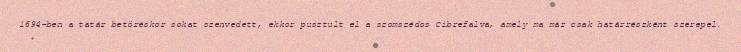
1694-ben a tatár betöréskor sokat szenvedett, ekkor pusztult el a szomszédos Cibrefalva, amely ma már csak határrészként szerepel.